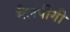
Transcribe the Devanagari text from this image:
मैलपीगी